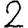
Digit: 2